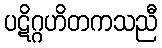
ပဋိဂ္ဂဟိတကသညီ